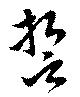
誓